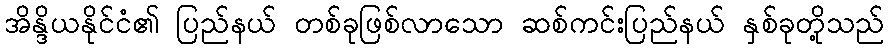
အိန္ဒိယနိုင်ငံ၏ ပြည်နယ် တစ်ခုဖြစ်လာသော ဆစ်ကင်းပြည်နယ် နှစ်ခုတို့သည်